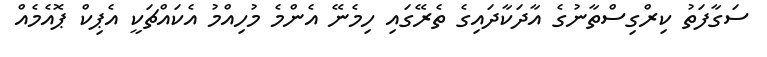
ސަގާފަތު ކިރްގިސްތާނުގެ އާދަކާދައިގެ ތެރޭގައި ހިމެނޭ އެންމެ މުހިއްމު އެކައްޗަކީ އެޕިކް ޕޮއެމެއް